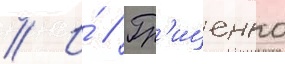
// И́ // Гр'иценко